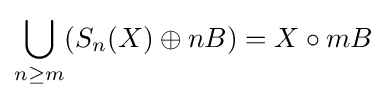
\bigcup _{n\geq m}(S_{n}(X)\oplus nB)=X\circ mB